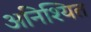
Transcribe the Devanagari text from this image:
अनिश्यित